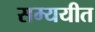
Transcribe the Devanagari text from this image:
सम्ययीत